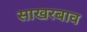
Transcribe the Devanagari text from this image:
साखरबाव